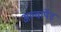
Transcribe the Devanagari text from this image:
अल्वार्पेट